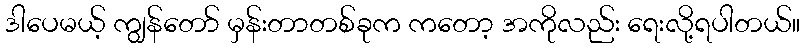
ဒါပေမယ့် ကျွန်တော် မှန်းတာတစ်ခုက ကတော့ အကိုလည်း ရေးလို့ရပါတယ်။